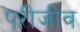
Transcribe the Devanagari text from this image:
परीजीव